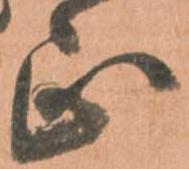
正